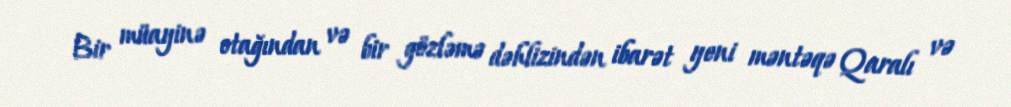
Bir müayinə otağından və bir gözləmə dəhlizindən ibarət yeni məntəqə Qaralı və